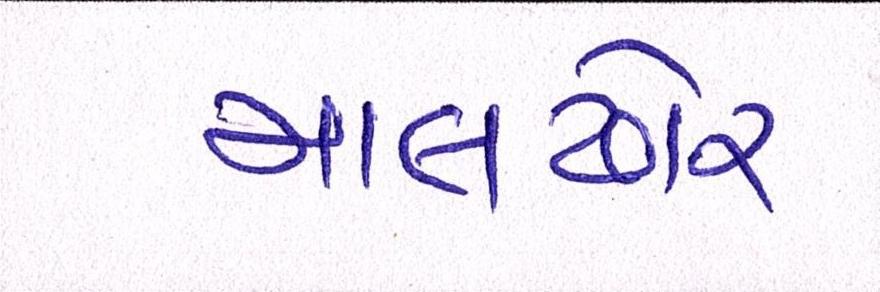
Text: માલઢોર